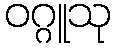
ဝဂ္ဂူသု